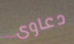
دعاوى